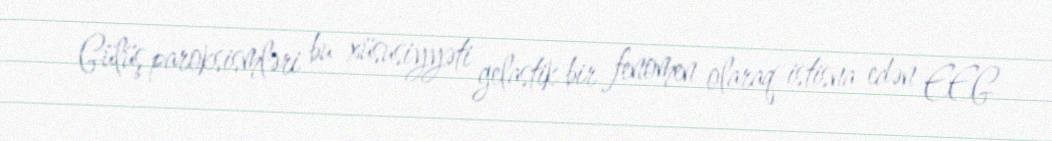
Gülüş paroksismləri bu xüsusiyyəti gelastik bir fenomen olaraq istisna edən EEG